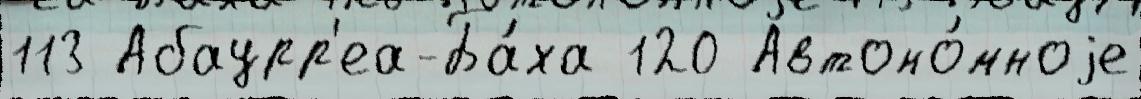
113 Абаурр'еа-Ба́ха 120 Автоно́мноjе